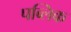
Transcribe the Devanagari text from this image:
पब्‍लिक